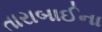
તારાબાઈના